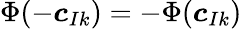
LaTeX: \Phi(-{\boldsymbol{c}}_{Ik})=-\Phi({\boldsymbol{c}}_{Ik})